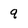
Character: 9